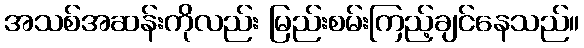
အသစ်အဆန်းကိုလည်း မြည်းစမ်းကြည့်ချင်နေသည်။